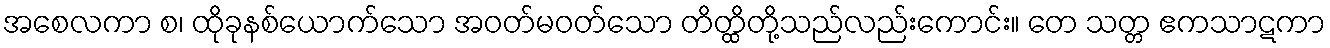
အစေလကာ စ၊ ထိုခုနစ်ယောက်သော အဝတ်မဝတ်သော တိတ္ထိတို့သည်လည်းကောင်း။ တေ သတ္တ ဧကသာဋကာ